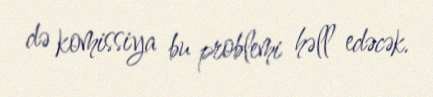
də komissiya bu problemi həll edəcək.